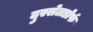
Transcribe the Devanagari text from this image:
दुस्सेलडोर्फ